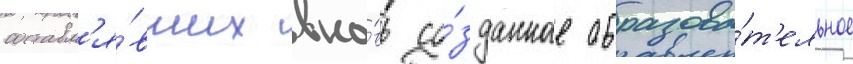
составл'я́вших вно́вь со́зданное образова́т'ельное